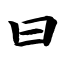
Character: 曰